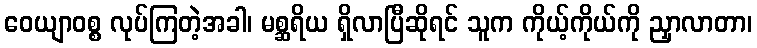
ဝေယျာဝစ္စ လုပ်ကြတဲ့အခါ၊ မစ္ဆရိယ ရှိလာပြီဆိုရင် သူက ကိုယ့်ကိုယ်ကို ညှာလာတာ၊